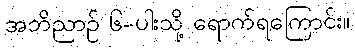
အဘိညာဉ် ၆-ပါးသို့ ရောက်ရကြောင်း။